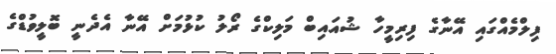
ފިލްމެއްގައި އޭނާގެ ފިރިމީހާ ޝުއައިބް މަލިކްގެ ރޯލު ކުޅުމަށް އޭނާ އެދެނީ ބޮލީވުޑްގެ